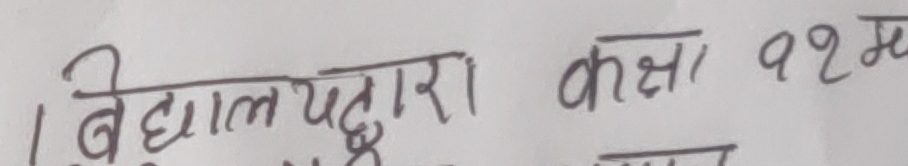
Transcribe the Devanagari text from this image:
बिद्यालयद्वारा कक्षा १२ म